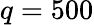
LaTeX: q=500